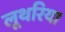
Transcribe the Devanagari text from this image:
लूथरिया